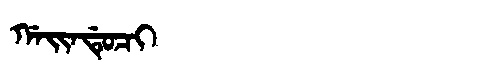
Manchu: ᡤᠠᡳᠨᡩᡠᠴᡳ
Romanization: GAINDUCI